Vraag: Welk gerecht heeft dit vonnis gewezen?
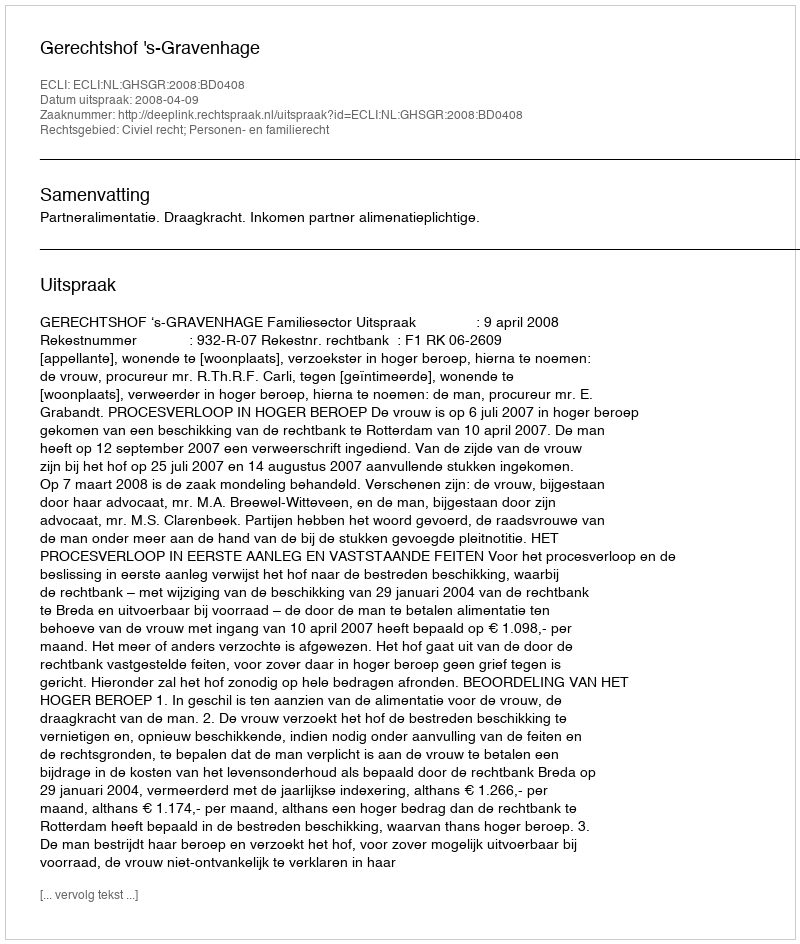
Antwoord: Gerechtshof 's-Gravenhage